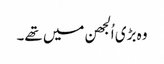
وہ بڑی اُلجھن میں تھے۔